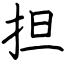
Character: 担